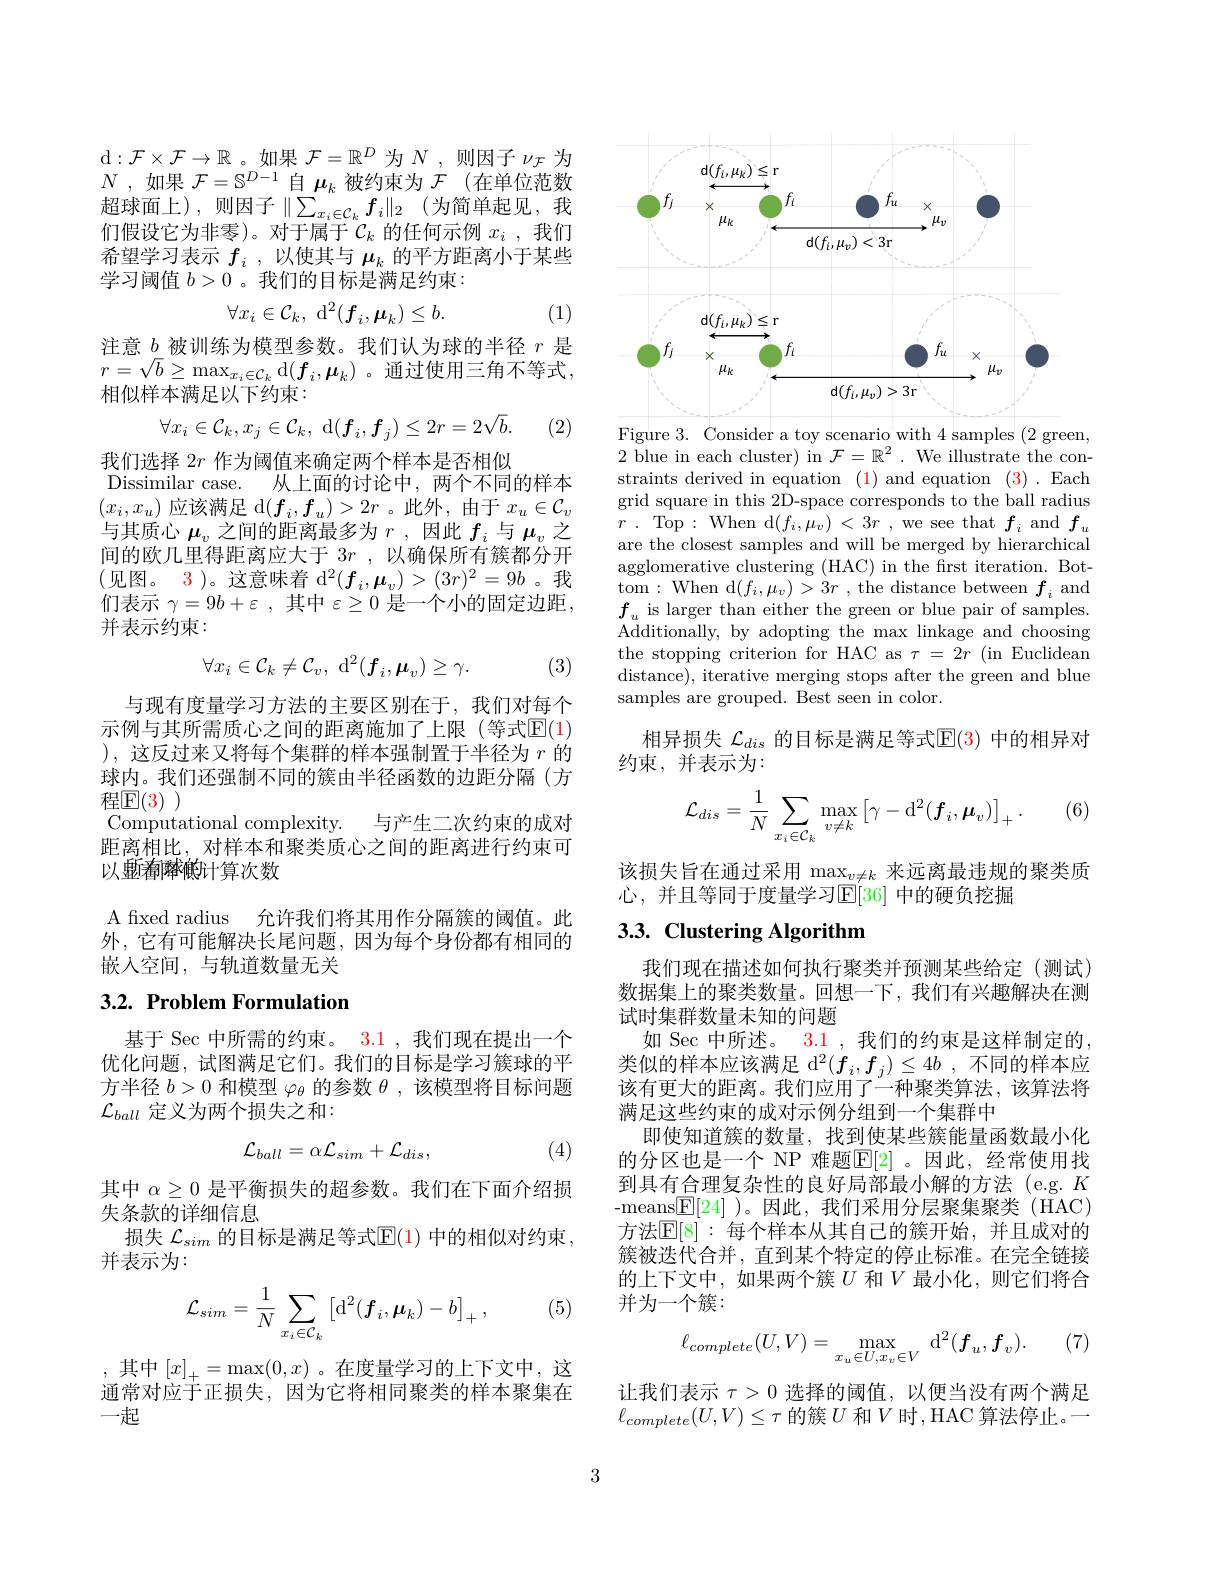
d$:\mathcal{F}\times\mathcal{F}\to\mathbb{R}$ 。如果$\mathcal{F}=\mathbb{R}^D$为$N$ ,则因子$\nu_\mathcal{F}$为$N$ ,如果$\mathcal{F}=\mathbb{S}^D-1$自$\mu_k$被约束为$\mathcal{F}$ (在单位范数超球面上),则因子$\|\sum_x_i\in\mathcal{C}_kf_i\|_2$(为简单起见，我们假设它为非零)。对于属于$\mathcal{C}_k$的任何示例$x_i$ ,我们希望学习表示$f_i$ ,以使其与$\mu_k$的平方距离小于某些学习阈值$b>0$ 。我们的目标是满足约束：
$$\forall x_i\in\mathcal{C}_k,\:\mathrm{d}^2(f_i,\mu_k)\leq b.$$
(1)

注意\_被训练为模型参数。我们认为球的半径$r$是$r=\sqrt{b}\geq\max_{x_i\in\mathcal{C}_k}$d$(f_i,\mu_k)$。通过使用三角不等式， 相似样本满足以下约束：
$$\forall x_{i}\in\mathcal{C}_{k},x_{j}\in\mathcal{C}_{k},\:\mathrm{d}(f_{i},f_{j})\leq2r=2\sqrt{b}.$$
(2)

我们选择$2r$作为阈值来确定两个样本是否相似
Dissimilar case. 从上面的讨论中，两个不同的样本$(x_i,x_u)$应该满足 d$(f_i,f_u)>2r$ 。此外，由于$x_u\in\mathcal{C}_v$ 与其质心$\boldsymbol{\mu}_v$之间的距离最多为$r$ ,因此$f_i$与$\mu_v$之间的欧几里得距离应大于$3r$ ,以确保所有簇都分开(见图。3)。这意味着 d$^2(f_i,\boldsymbol{\mu}_v)>(3r)^2=9b$。我们表示$\gamma=9b+\varepsilon$ ,其中$\varepsilon\geq0$是一个小的固定边距， 并表示约束：
$$\forall x_i\in\mathcal{C}_k\neq\mathcal{C}_v,\:\mathrm{d}^2(\boldsymbol{f}_i,\boldsymbol{\mu}_v)\geq\gamma.$$
(3)

与现有度量学习方法的主要区别在于，我们对每个示例与其所需质心之间的距离施加了上限(等式$\mathbb{E}(1)$ ),这反过来又将每个集群的样本强制置于半径为$r$的球内。我们还强制不同的簇由半径函数的边距分隔(方$\mathop{\text{程}\mathbb{E}}(3)$
Computational complexity. 与产生二次约束的成对距离相比，对样本和聚类质心之间的距离进行约束可以邀看降触计算次数

A fixed radius 允许我们将其用作分隔簇的阈值。此外，它有可能解决长尾问题，因为每个身份都有相同的嵌人空间，与轨道数量无关

# 3.2. Problem Formulation

基于 Sec 中所需的约束。3.1 , 我们现在提出一个优化问题，试图满足它们。我们的目标是学习簇球的平方半径$b>0$和模型$\varphi_\theta$的参数$\theta$,该模型将目标问题$\mathcal{L}_{ball}$定义为两个损失之和：
$$\mathcal{L}_{ball}=\alpha\mathcal{L}_{sim}+\mathcal{L}_{dis},$$
(4)

其中$\alpha\geq0$是平衡损失的超参数。我们在下面介绍损
失条款的详细信息
损失$\mathcal{L}_{sim}$的目标是满足等式$\mathbb{E}(1)$中的相似对约束，
并表示为：

(5)
$$\mathcal{L}_{sim}=\frac{1}{N}\sum_{x_i\in\mathcal{C}_k}\left[\mathrm{d}^2(\boldsymbol{f}_i,\boldsymbol{\mu}_k)-b\right]_+,$$
,其中$[x]_+=\max(0,x)$。在度量学习的上下文中，这通常对应于正损失，因为它将相同聚类的样本聚集在一起

<FigureHere>
Figure 3. Consider a toy scenario with 4 samples (2 green,

2 blue in each cluster) in $\mathcal{F}=\mathbb{R}^2.$ We illustrate the constraints derived in equation (1) and equation (3). Each grid square in this 2D-space corresponds to the ball radius $r$ . Top: When d$( f_i, \mu _v)$ < $3r$ ,we see that $f_i$ and $f_u$ are the closest samples and will be merged by hierarchical agglomerative clustering (HAC) in the first iteration. Bottom: When d$(f_i,\mu_v)>3r$ , the distance between $f_i$ and $f_{u}$ is larger than either the green or blue pair of samples. Additionally, by adopting the max linkage and choosing the stopping criterion for HAC as $\tau = 2r\allowbreak ( {\mathrm{mod}} $Euclidean) distance), iterative merging stops after the green and blue samples are grouped. Best seen in color.

相异损失$\mathcal{L}_dis$的目标是满足等式$\mathbb{E}(3)$中的相异对
约束，并表示为：

(6)
$$\mathcal{L}_{dis}=\frac{1}{N}\sum\limits_{x_i\in\mathcal{C}_k}\max\limits_{v\neq k}\left[\gamma-\mathrm{d}^2(\boldsymbol{f}_i,\boldsymbol{\mu}_v)\right]_+.$$
该损失旨在通过采用$\max_v\neq k$来远离最违规的聚类质
心，并且等同于度量学习$\mathbb{E}[36]$ 中的硬负挖掘

# 3.3. Clustering Algorithm

我们现在描述如何执行聚类并预测某些给定(测试) 数据集上的聚类数量。回想一下，我们有兴趣解决在测试时集群数量未知的问题
如 Sec 中所述。3.1 , 我们的约束是这样制定的类似的样本应该满足$\mathrm{d} ^2( f_i, f_j) \leq 4b$ ,不同的样本应该有更大的距离。我们应用了一种聚类算法，该算法将满足这些约束的成对示例分组到一个集群中
即使知道簇的数量，找到使某些簇能量函数最小化的分区也是一个 NP 难题$\mathbb{E}[2]$ 。因此，经常使用找到具有合理复杂性的良好局部最小解的方法(e.g. $K$ -means$\boxed{\mathbb{E}}[24]$ )。因此，我们采用分层聚集聚类(HAC) 方法$\mathbb{E}[8]:$ 每个样本从其自己的簇开始，并且成对的簇被迭代合并，直到某个特定的停止标准。在完全链接的上下文中，如果两个簇$U$和$V$最小化，则它们将合并为一个簇：

(7)
$$\ell_{complete}(U,V)=\max_{x_u\in U,x_v\in V}\:\mathrm d^2(\boldsymbol f_u,\boldsymbol f_v).$$
让我们表示$\tau>0$选择的阈值，以便当没有两个满足$\ell_{complete}(U,V)\leq\tau$ 的簇 $U$ 和$V$ 时，HAC 算法停止。一

3